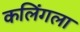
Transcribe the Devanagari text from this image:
कलिंगला